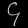
Digit: ၄